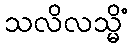
သလိလသ္မိံ